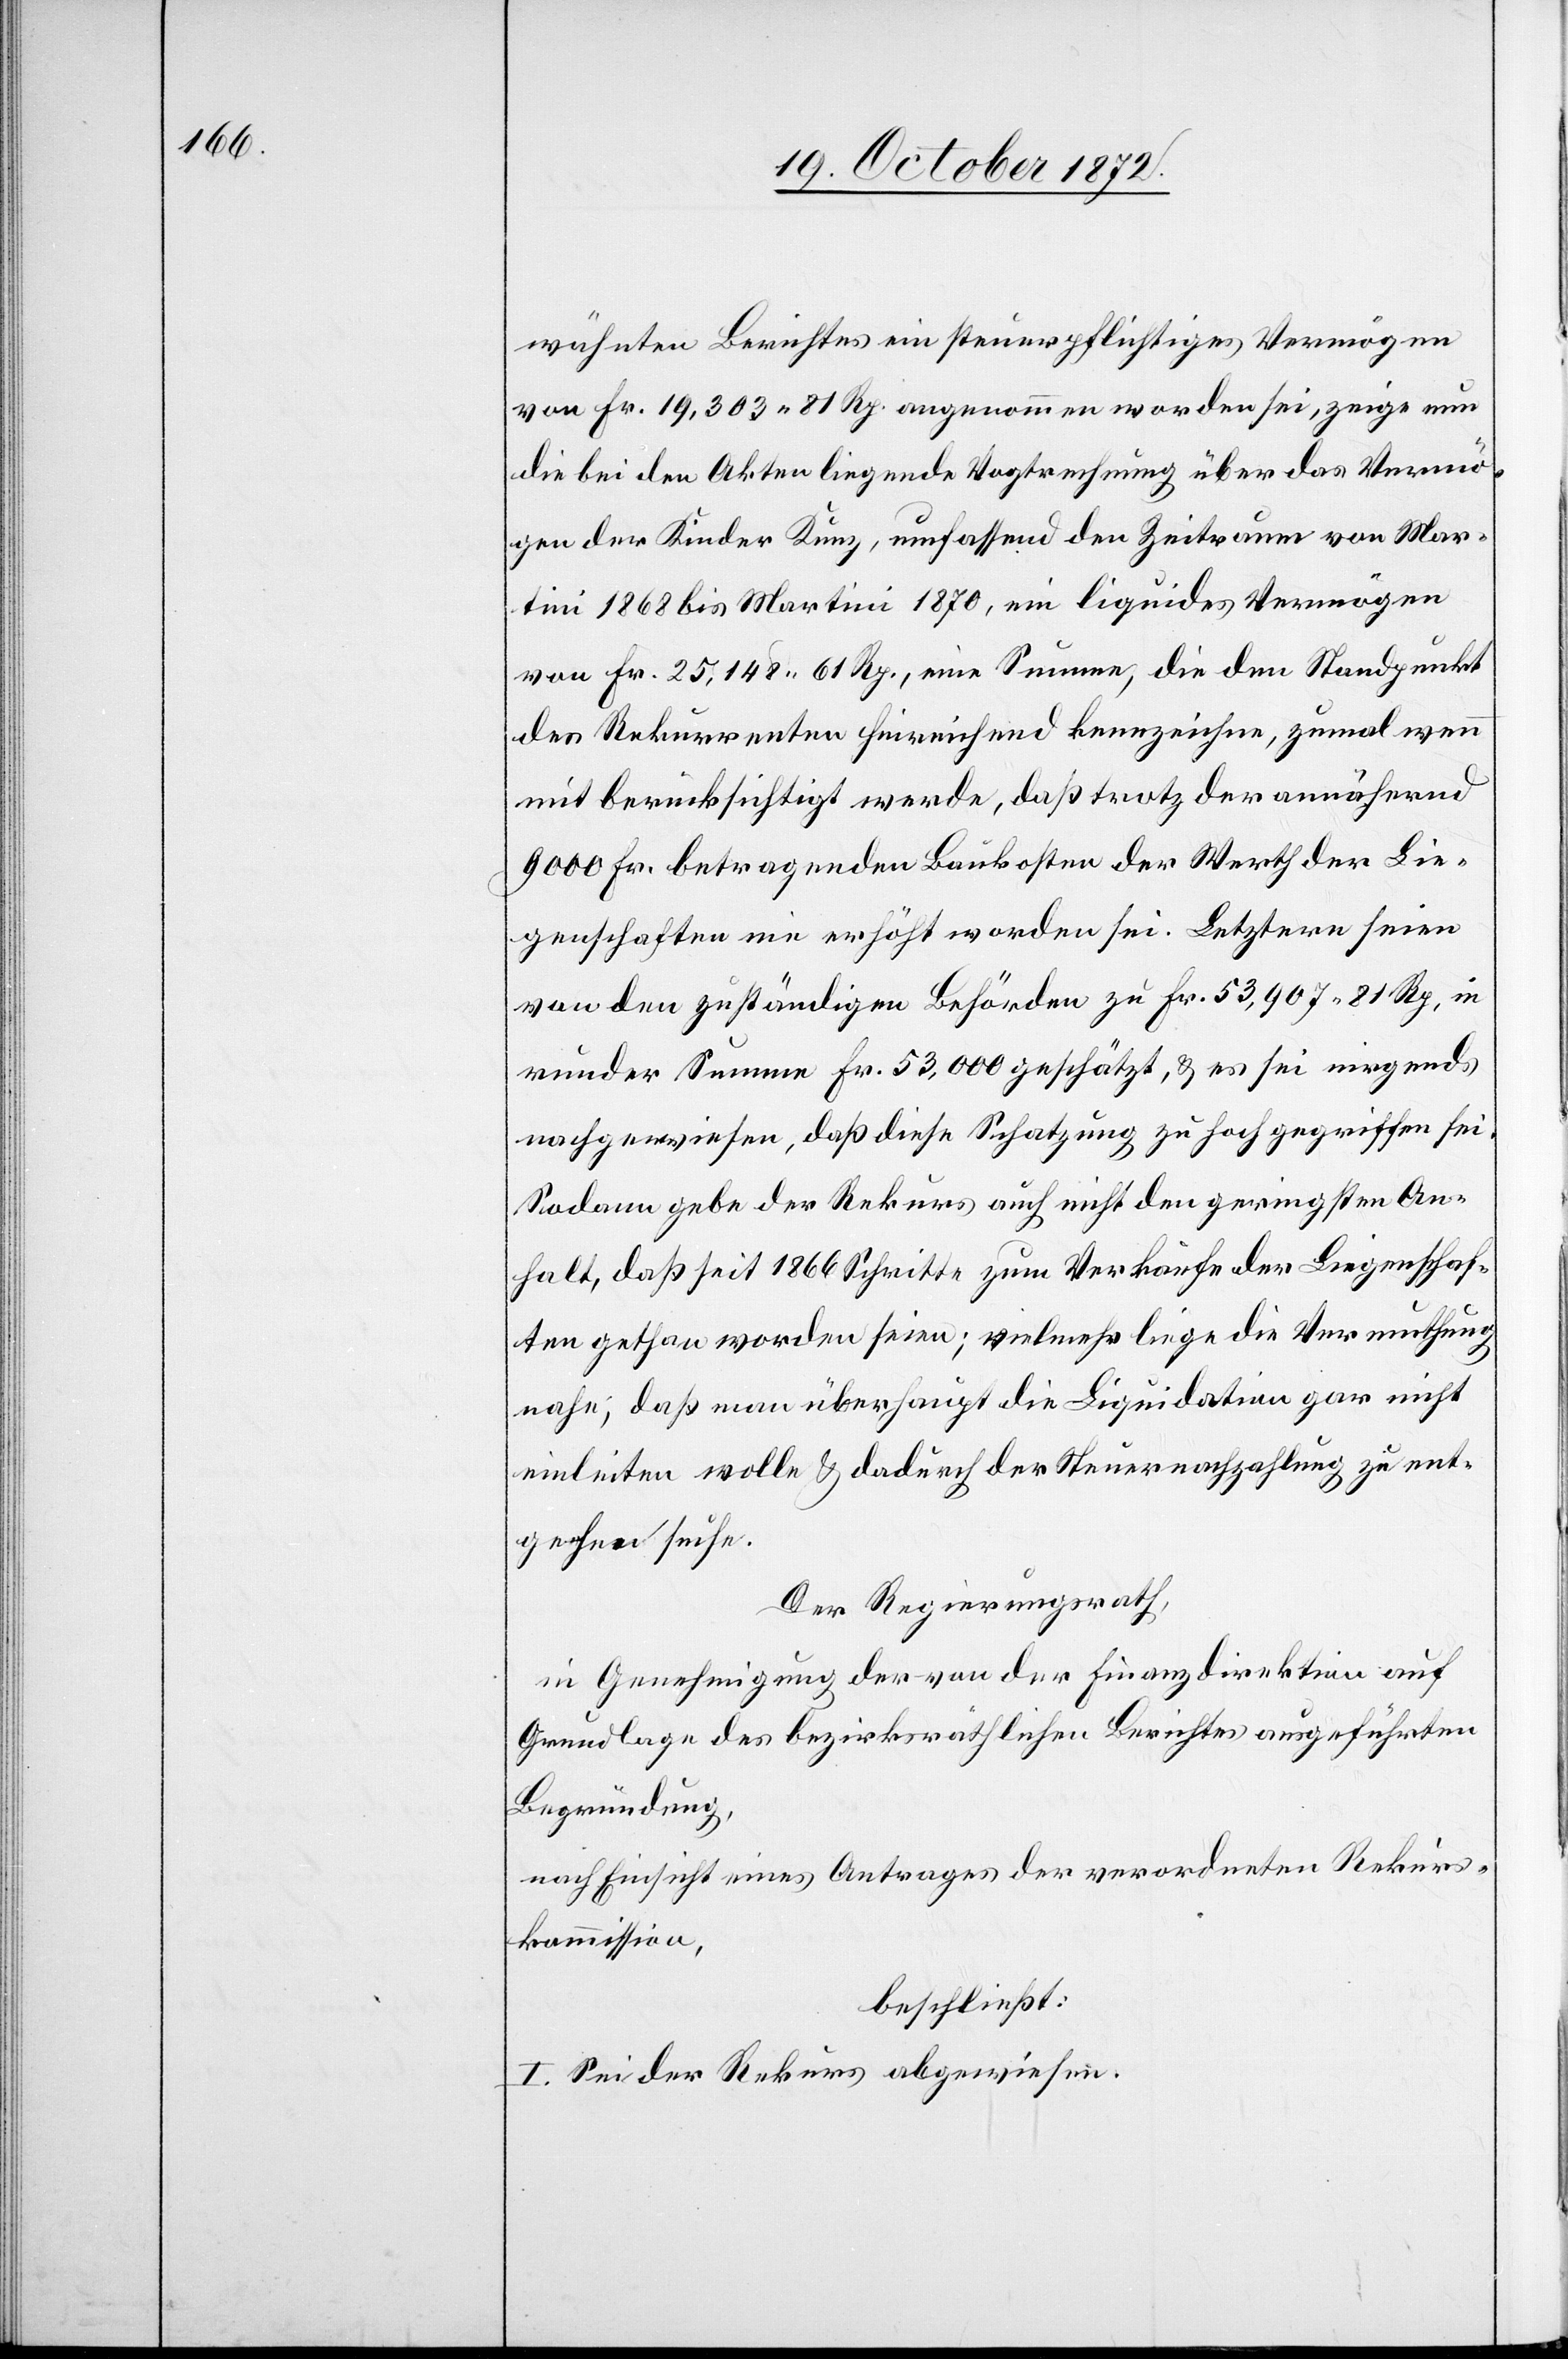
wähnten Berichtes ein steuerpflichtiges Vermögen
von Fr. 19,303 81 Rp. angenommen worden sei, zeige nun
die bei den Akten liegende Vogtrechnung über das Vermö¬
gen der Kinder Kunz, umfassend den Zeitraum von Mar¬
tini 1868 bis Martini 1870, ein liquides Vermögen
von Fr. 25,148 61 Rp., eine Summe, die dem Standpunkt
des Rekurrenten hinreichend kennzeichne, zumal wenn
mit berücksichtigt werde, daß trotz der annährend
9000 Fr. betragenden Baukosten der Werth der Lie¬
genschaften nie erhöht worden sei. Letztere seien
von den zuständigen Behörden zu Fr. 53,907 81 Rp., in
runder Summe Fr. 53,000 geschätzt, u. es sei nirgends
nachgewiesen, daß diese Schatzung zu hoch gegriffen sei.
Sodann gebe der Rekurs auch nicht den geringsten An¬
halt, daß seit 1866 Schritte zum Verkaufe der Liegenschaf¬
ten gethan worden seien; vielmehr liege die Vermuthung
nahe, daß man überhaupt die Liquidation gar nicht
einleiten wolle u. dadurch der Steuernachzahlung zu ent¬
gehen suche.
Der Regierungsrath,
in Genehmigung der von der Finanzdirektion auf
Grundlage des bezirksräthlichen Berichtes ausgeführten
Begründung,
nach Einsicht eines Antrages der verordneten Rekurs¬
kommission,
beschließt:
I. Sei der Rekurs abgewiesen.